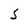
Character: S